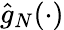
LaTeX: {\hat{g}}_{N}(\cdot)